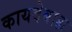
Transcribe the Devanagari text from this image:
कायदेबाह्य